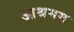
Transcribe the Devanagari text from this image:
आश्रमम